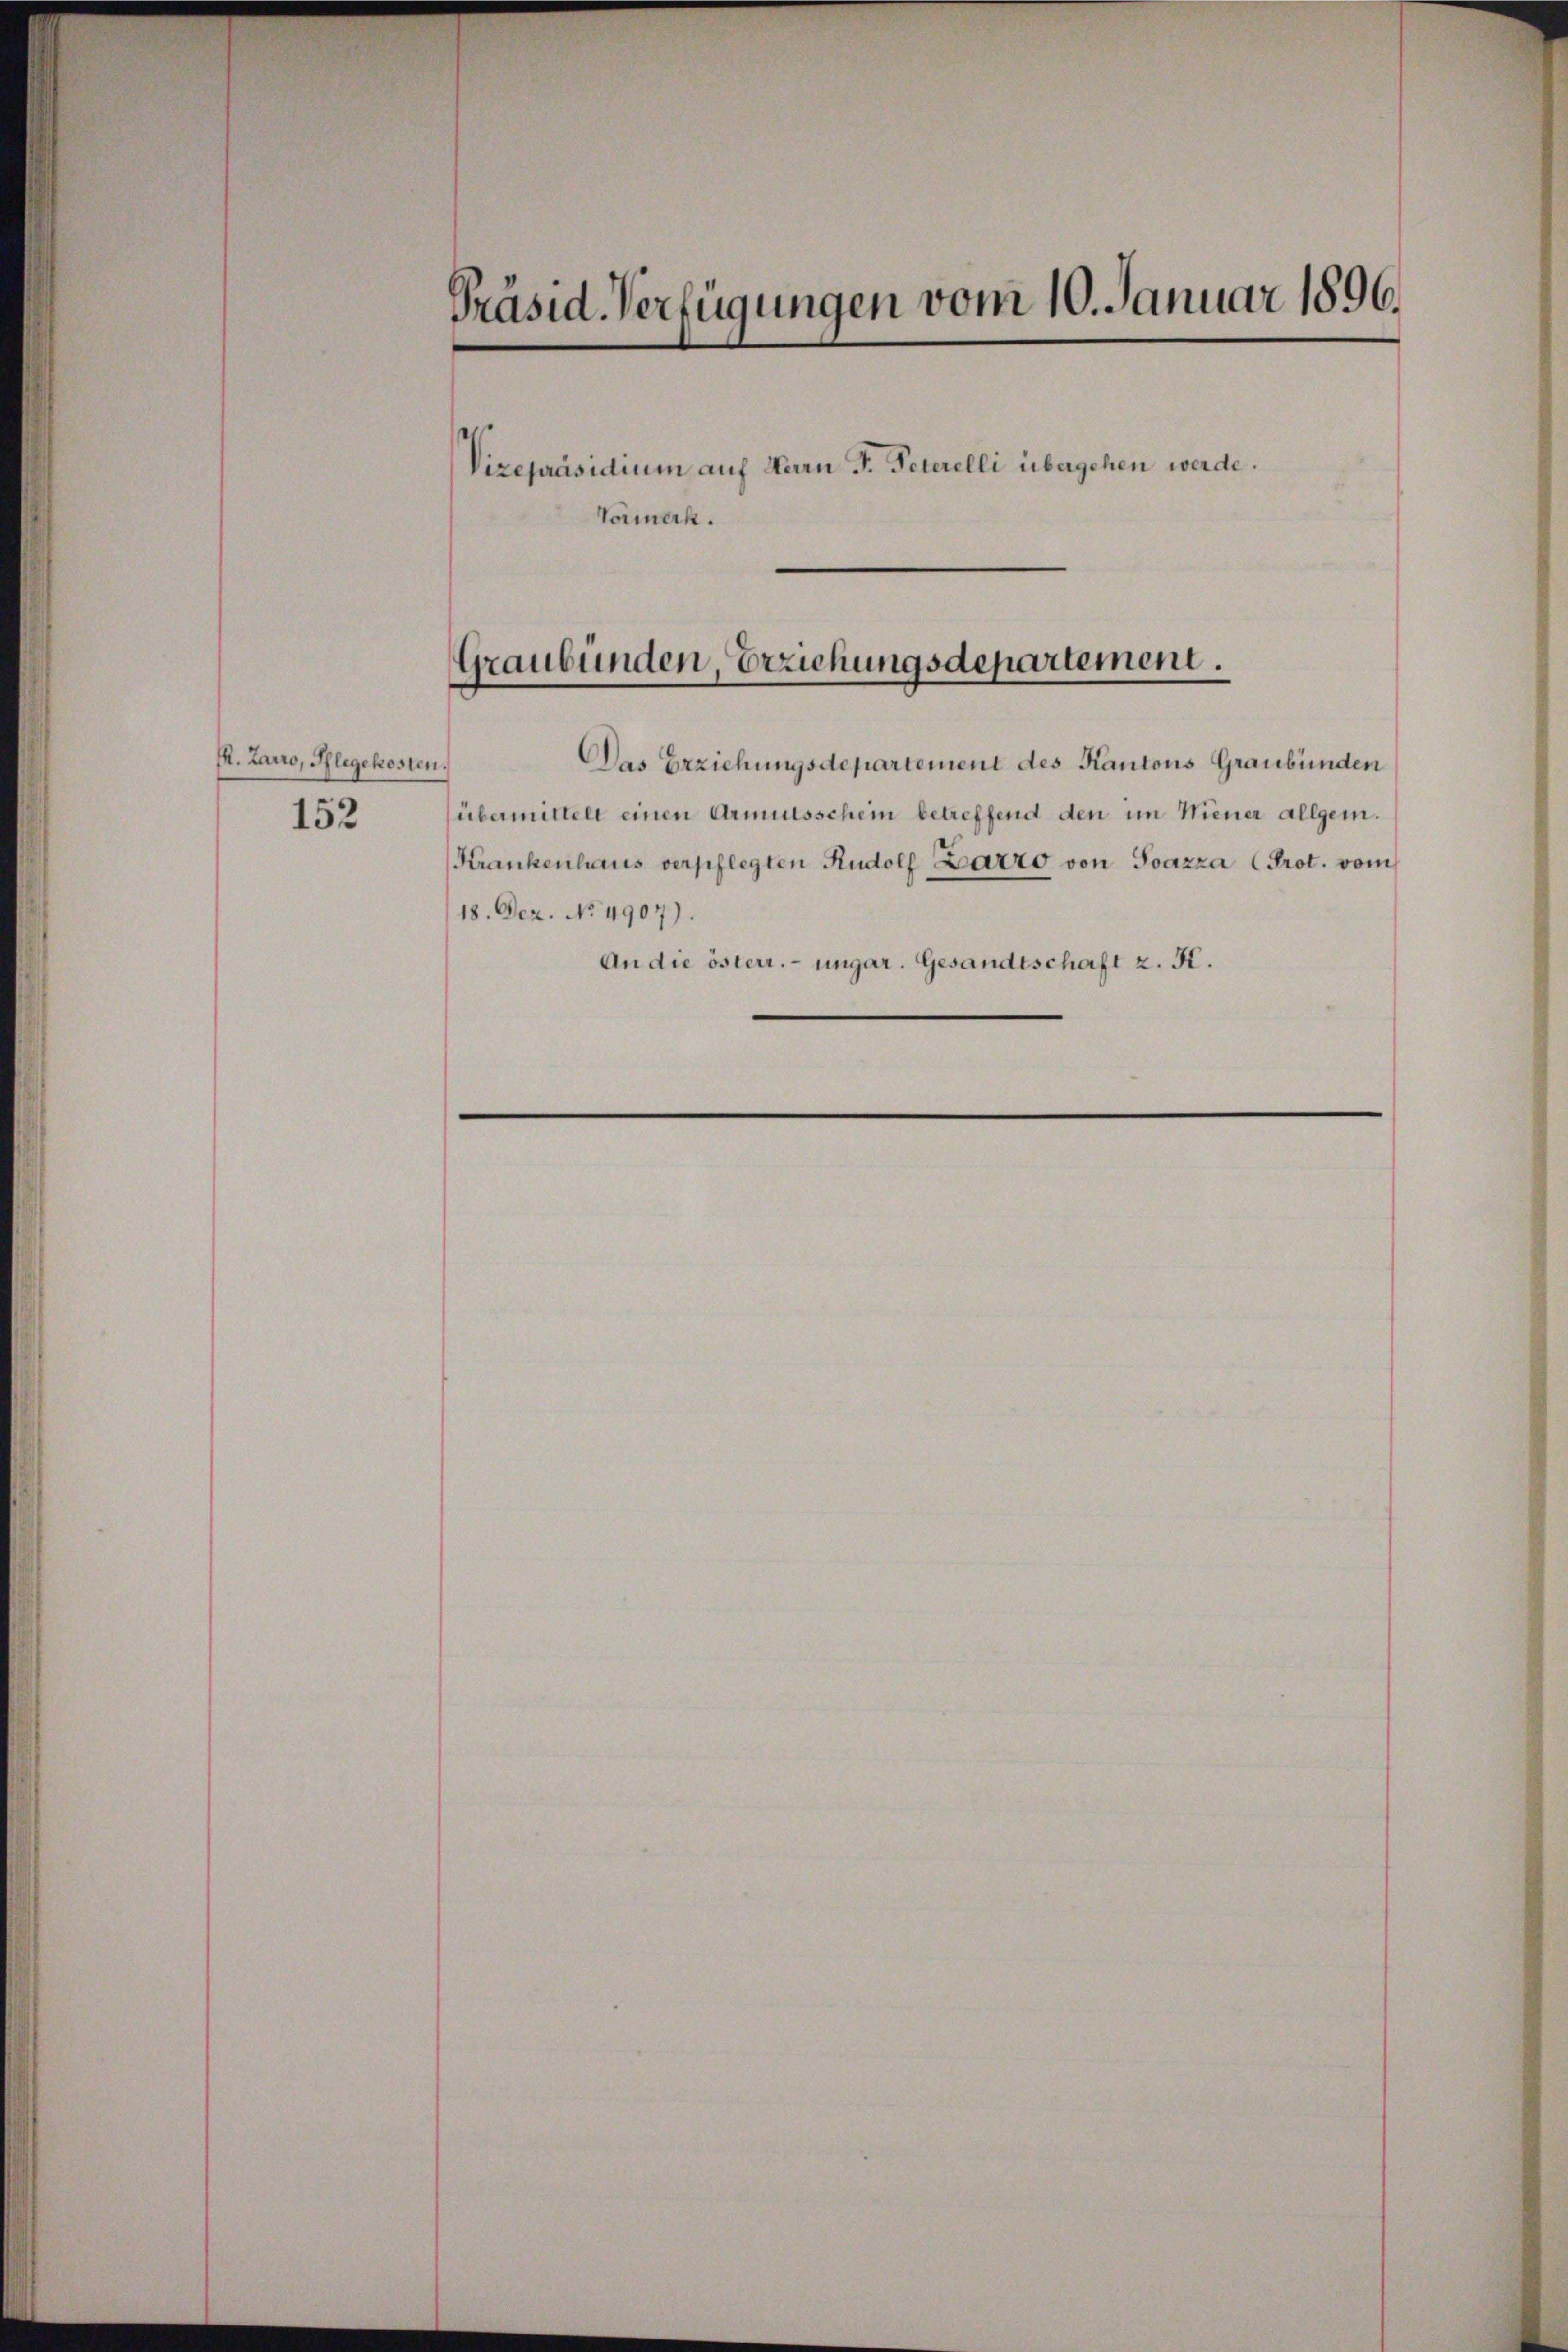
I. Laro, Pflegekosten.
152

Vormerk.

Präsid. Verfügungen vom 10. Januar 1896.
Vizepräsidium auf Herrn P. Peterelli übergehen werde.

Graubünden, Erziehungsdepartement.

Das Erziehungsdepartement des Kantons Graubünden
übermittelt einen Armutsschein betreffend den im Wiener allgem.
Krankenhaus verpflegten Rudolf Barro von Pazza (Prot. vom
18. Dez. No. 4907).
An die österr. ungar. Gesandtschaft z. K.